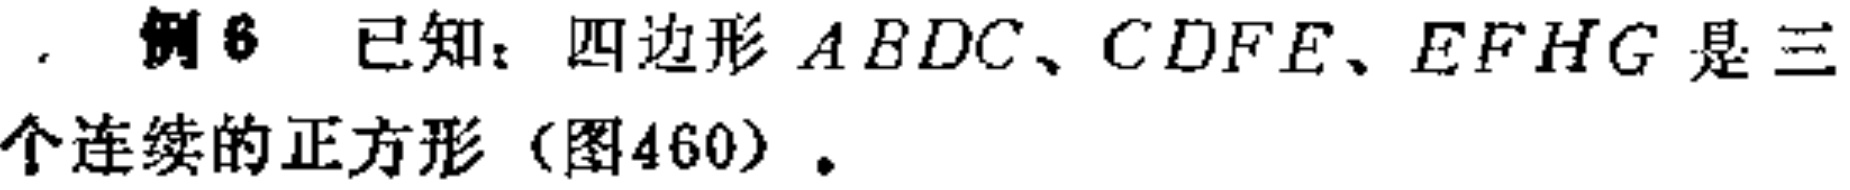
. 例6 已知：四边形 \(ABDC、CDFE、EFHG\) 是三个连续的正方形（图460）.